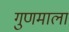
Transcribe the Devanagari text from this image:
गुणमाला